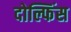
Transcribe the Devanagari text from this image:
दोल्फिंस